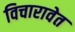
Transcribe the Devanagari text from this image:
विचारावेत